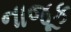
નાજૂક